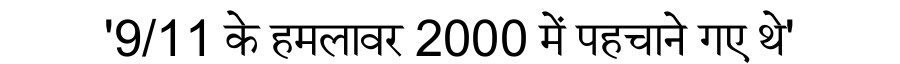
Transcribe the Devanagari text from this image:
'9/11 के हमलावर 2000 में पहचाने गए थे'